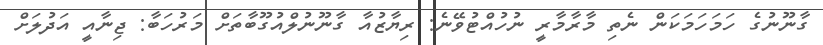
ގާނޫނުގެ ހަމަހަމަކަން ނެތި މާރާމާރީ ނުހުއްޓުވޭނެ: ރިޔާޒުއާ ގާނޫނުލްއުގޫބާތަށް މަރުހަބާ: ޖިނާއީ އަދުލަށް